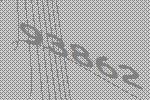
93862